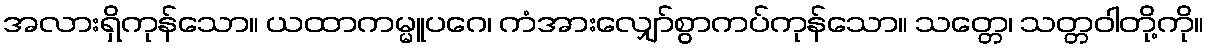
အလားရှိကုန်သော။ ယထာကမ္မူပဂေ၊ ကံအားလျှော်စွာကပ်ကုန်သော။ သတ္တေ၊ သတ္တဝါတို့ကို။